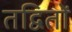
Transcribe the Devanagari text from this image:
तद्वितों